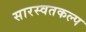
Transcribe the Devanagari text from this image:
सारस्वतकल्प